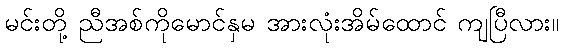
မင်းတို့ ညီအစ်ကိုမောင်နှမ အားလုံးအိမ်ထောင် ကျပြီလား။